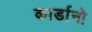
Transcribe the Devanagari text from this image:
कार्डानो